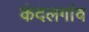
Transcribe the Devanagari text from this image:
कंदलगांव